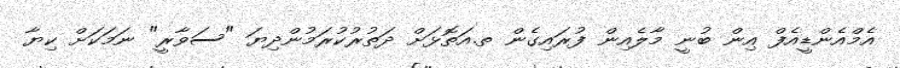
އެމްއެންޑީއެފް އިން ބުނީ މާލެއިން ފުރައިގެން ތ.އަތޮޅަށް ދަތުރުކުރަމުންދިޔަ "ސަވާރީ" ނަމަކަށް ކިޔާ